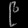
Digit: ၉